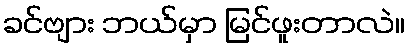
ခင်ဗျား ဘယ်မှာ မြင်ဖူးတာလဲ။